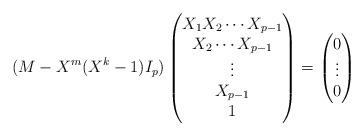
LaTeX: \begin{align*}(M-X^m(X^k-1)I_p) \begin{pmatrix}X_1X_2\cdots X_{p-1}\\ X_2\cdots X_{p-1}\\ \vdots\\X_{p-1}\\1\end{pmatrix}=\begin{pmatrix}0\\ \vdots\\0\end{pmatrix}\end{align*}